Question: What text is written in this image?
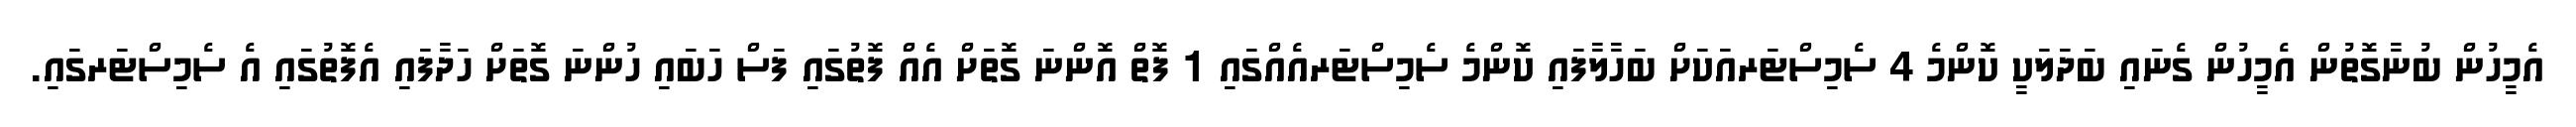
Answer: އެމީހުން ބުނާގޮތުން އެމީހުން ގެނައި ބަދަލަކީ ކޮންމެ 4 ސެމިސްޓަރއަކަށް ބަހާލާފައި ކޮންމެ ސެމިސްޓަރއެއްގައި 1 ފޮތް އޮންނަ ގޮތަށް އެއް ފޮތުގައި ފަސް ހަބައި ހުންނަ ގޮތަށް ހަދާފައި އެފޮތުގައި އެ ސެމިސްޓަރގައި.